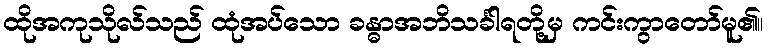
ထိုအကုသိုလ်သည် ထုံအပ်သော ခန္ဓာအဘိသင်္ခါရတို့မှ ကင်းကွာတော်မူ၏။